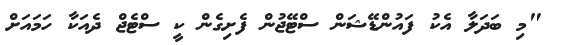
"މި ބަދަލާ އެކު ފައުންޑޭޝަން ސްޓޭޖުން ފެށިގެން ކީ ސްޓެޖް ދެއަކާ ހަމައަށް